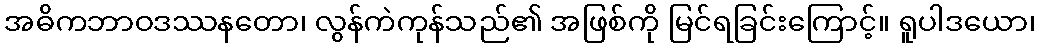
အဓိကဘာဝဒဿနတော၊ လွန်ကဲကုန်သည်၏ အဖြစ်ကို မြင်ရခြင်းကြောင့်။ ရူပါဒယော၊